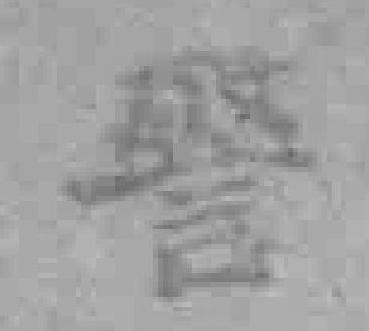
警